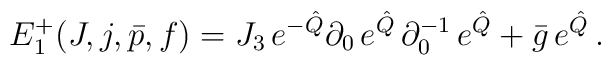
E_1^+ (J,j,\bar{p},f) = J_3\, e^{-\hat{Q}} \partial_0\, e^{\hat{Q}}\, \partial_0^{-1}\, e^{\hat{Q}} + \bar{g}\, e^{\hat{Q}}\, .